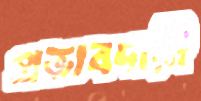
প্রভাবদায়ী